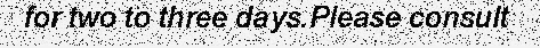
for two to three days.Please consult